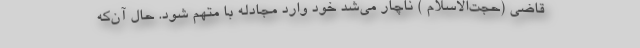
قاضی (حجت‌الاسلام ) ناچار می‌شد خود وارد مجادله با متهم شود. حال آن‌که